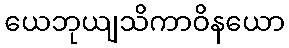
ယေဘုယျသိကာဝိနယော